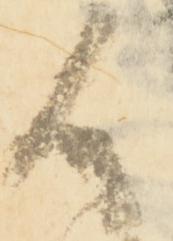
候